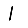
Digit: 1